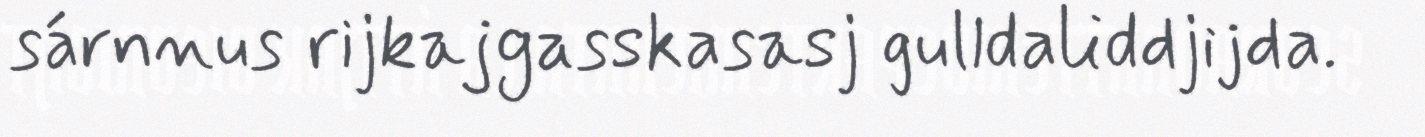
sárnnus rijkajgasskasasj gulldaliddjijda.